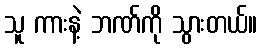
သူ ကားနဲ့ ဘဏ်ကို သွားတယ်။